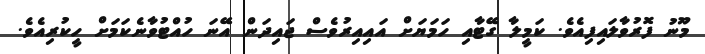
މޫނު ފޮރުވާލައިފިއެވެ. ކަމީލާ ގޭޓާއި ހަމަޔަށް އައިއިރުވެސް ޖައިދަން އޭނަ ހުއްޓުވާނެކަމަށް ހީކުރިއެވެ.